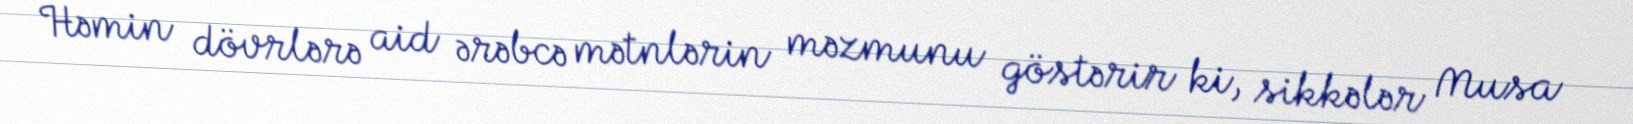
Həmin dövrlərə aid ərəbcə mətnlərin məzmunu göstərir ki, sikkələr Musa